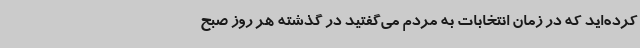
کرده‌اید که در زمان انتخابات به مردم می‌گفتید در گذشته هر روز صبح